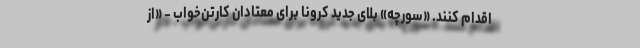
اقدام کنند. «سورچه» بلای جدید کرونا برای معتادان کارتن‌خواب - «از